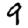
Digit: 9